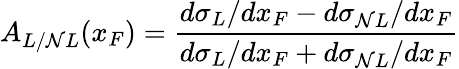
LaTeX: A_{L/\mathcal{N}L}(x_{F})=\frac{{d\sigma_{L}/dx_{F}-d\sigma_{\mathcal{N}L}/dx_{F}}}{{d\sigma_{L}/dx_{F}+d\sigma_{\mathcal{N}L}/dx_{F}}}